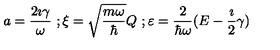
a = \frac { 2 \imath \gamma } { \omega } \ ; \xi = \sqrt { \frac { m \omega } { \hbar } } Q \ ; \varepsilon = \frac { 2 } { \hbar \omega } ( E - \frac { \imath } { 2 } \gamma )